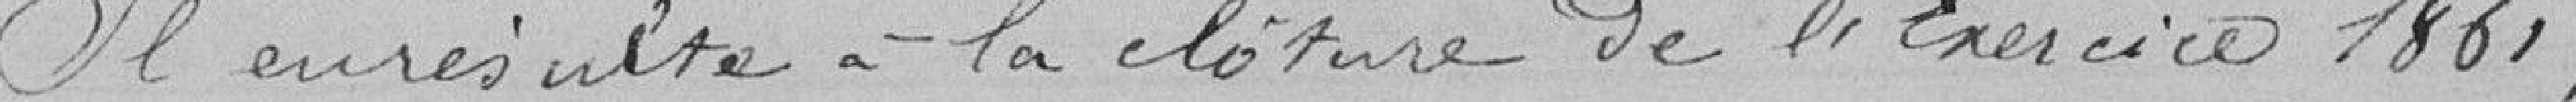
Il en résulte à la cloture de l'Exercice 1861